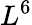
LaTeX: L^{6}